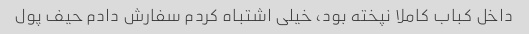
داخل کباب کاملا نپخته بود، خیلی اشتباه کردم سفارش دادم حیف پول